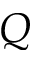
{ \cal Q }